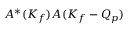
A ^ { * } ( K _ { f } ) A ( K _ { f } - Q _ { p } )